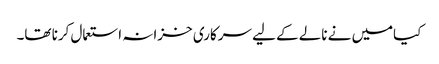
کیامیں نے نالے کے لیے سرکاری خزانہ استعمال کرنا تھا۔